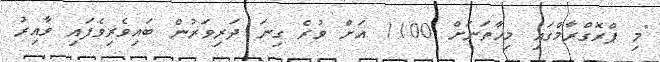
"މި ޕްރޮގްރާމްގައި މިހާތަނަށް 1100 އަށް ވުރެ ގިނަ ދަރިވަރުން ބައިވެރިވެފައި ވާއިރު